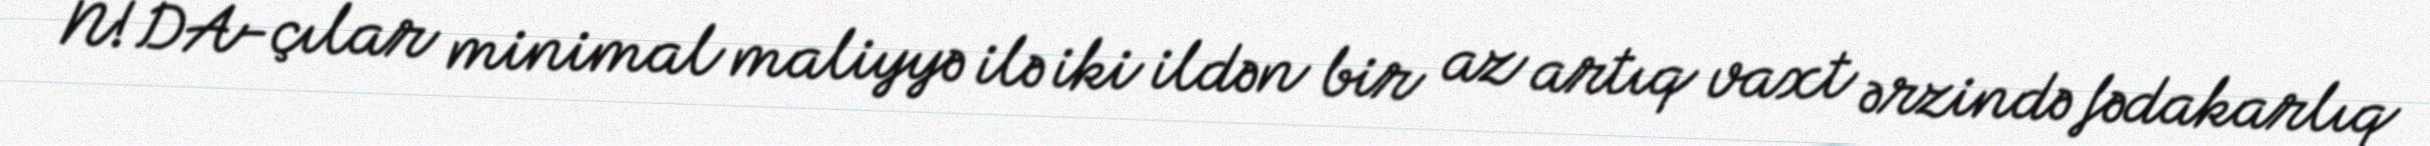
N!DA-çılar minimal maliyyə ilə iki ildən bir az artıq vaxt ərzində fədakarlıq